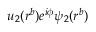
u _ { 2 } ( r ^ { b } ) e ^ { i \phi } \psi _ { 2 } ( r ^ { b } )